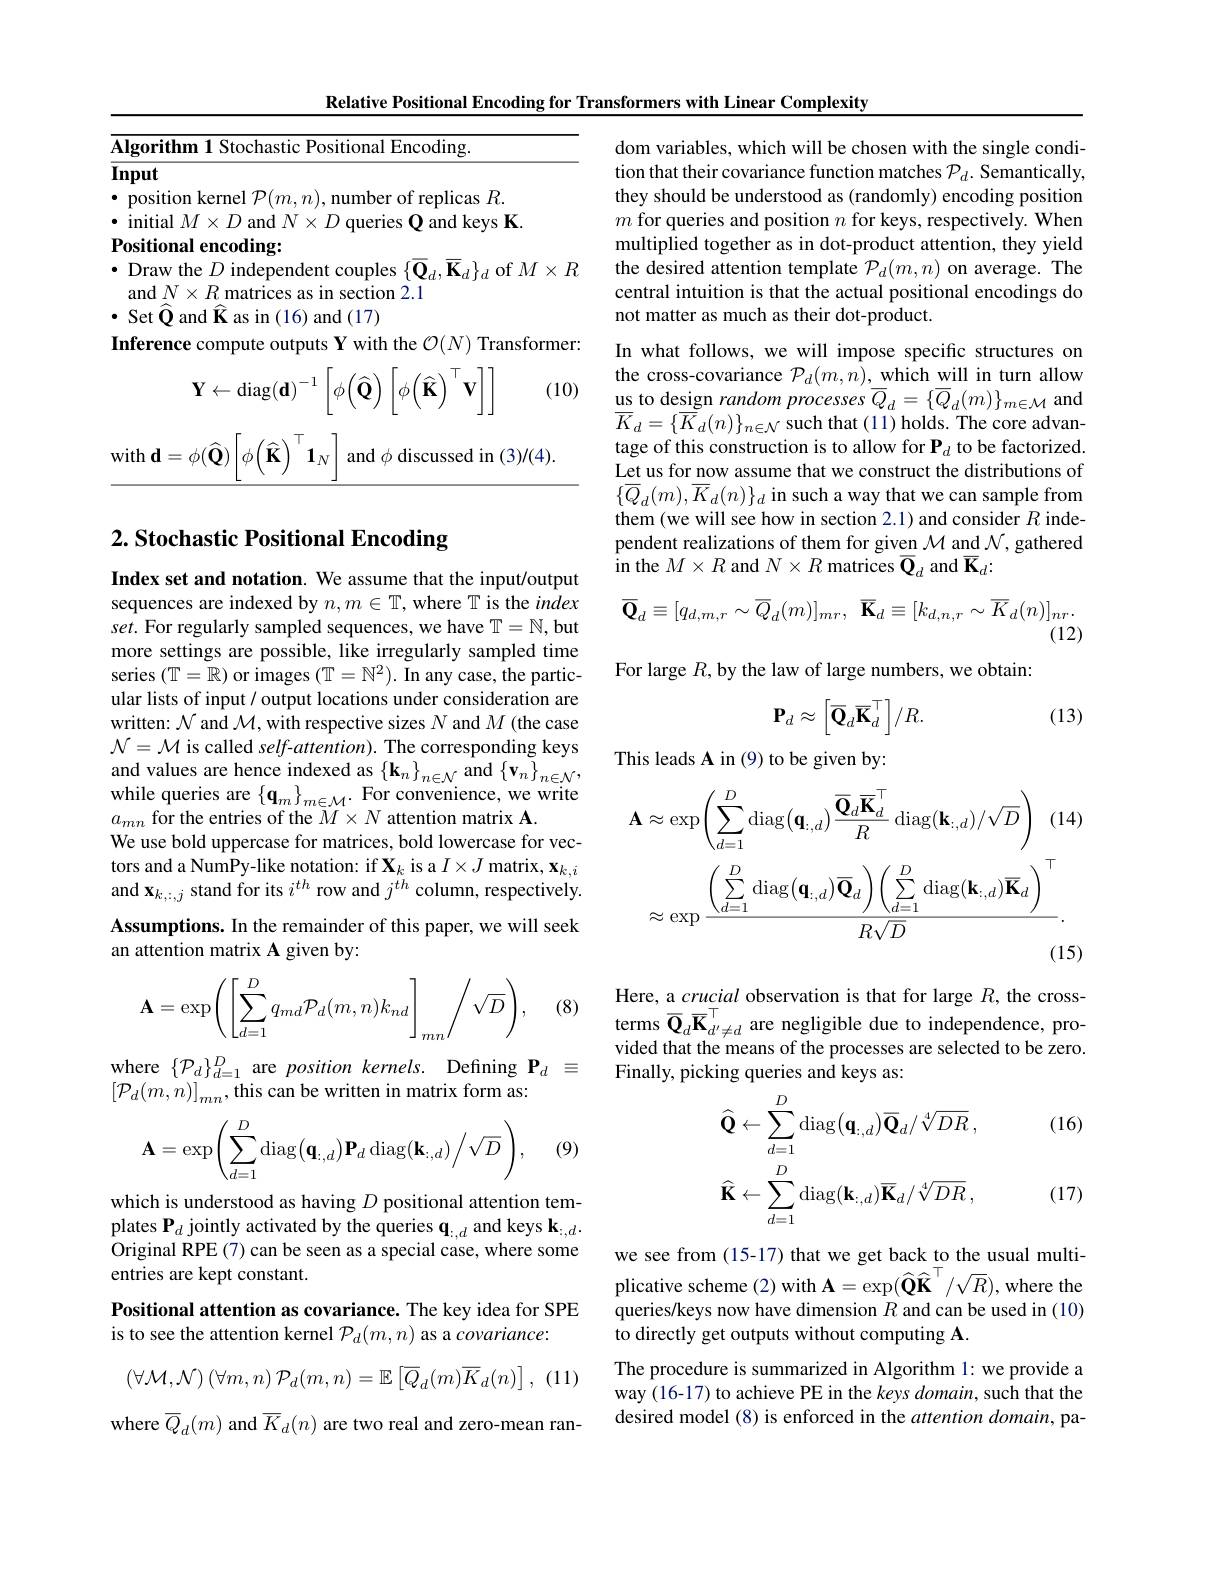
Relative Positional Encoding for Transformers with Linear Complexity
<table>
	<tbody>
		<tr>
			<td>T T 1 T</td>
			<td>rithm 1 Stochastic Positional Encoding</td>
		</tr>
	</tbody>
</table>

(10)
$$\mathbf{Y}\leftarrow\mathrm{diag}(\mathbf{d})^{-1}\left[\phi\big(\widehat{\mathbf{Q}}\big)\left[\phi\big(\widehat{\mathbf{K}}\big)^{\top}\mathbf{v}\big]\right]\right.$$
${\mathrm{with~d}}=\phi(\widehat{\mathbf{Q}})\left|\phi\left(\widehat{\mathbf{K}}\right)^{\top}\mathbf{1}_{N}\right|$ and $\phi$ discussed in (3)/(4).

# 2. Stochastic Positional Encoding

Index set and notation. We assume that the input/output sequences are indexed by $n,m\in\mathbb{T}$, where T is the index set. For regularly sampled sequences, we have T= N, but more settings are possible, like irregularly sampled time series $(\mathbb{T}=\mathbb{R})$ or images $(\mathbb{T}=\mathbb{N}^2).$ In any case, the particular lists of input / output locations under consideration are written: $\mathcal{N}$ and $\mathcal{M}$, with respective sizes $N$ and $M$ (the case $\mathcal{N}=\mathcal{M}$ is called self-attention). The corresponding keys and values are hence indexed as $\left\{\mathbf{k}_{n}\right\}_{n\in\mathcal{N}}$ and $\left\{\mathbf{v}_{n}\right\}_{n\in\mathcal{N}}$, while queries are $\{\mathbf{q}_m\}_{m\in\mathcal{M}}.$ For convenience, we write $a_{mn}$ for the entries of the $M\times N$ attention matrix A.
We use bold uppercase for matrices, bold lowercase for vectors and a NumPy-like notation: if $\mathbf{X}_k$ is a $I\times J$ matrix, $\mathbf{x}_k,i$ and $\mathbf{x}_{k,:,j}$ stand for its $i^th$ row and $j^th$ column, respectively. Assumptions. In the remainder of this paper, we will seek an attention matrix A given by:

(8)
$$\mathbf{A}=\exp\biggl(\biggl[\sum_{d=1}^{D}q_{md}\mathcal{P}_{d}(m,n)k_{nd}\biggr]_{mn}\biggr/\sqrt{D}\biggr),$$
where $\{\mathcal{P}_d\}_{d=1}^D$ are position kernels. Defining $\mathbf{P}_d\equiv$
$\left[\mathcal{P}_d(m,n)\right]_{mn}$,this can be written in matrix form as:
$$\mathbf{A}=\exp\biggl(\sum\limits_{d=1}^{D}\mathrm{diag}\bigl(\mathbf{q}_{:,d}\bigr)\mathbf{P}_{d}\:\mathrm{diag}(\mathbf{k}_{:,d})\biggl/\sqrt{D}\biggr),$$
(9)

which is understood as having $D$ positional attention templates $\mathbf{P}_d$ jointly activated by the queries $\mathbf{q}_{:,d}$ and keys k$_{:,d}.$ Original RPE (7) can be seen as a special case, where some entries are kept constant.

Positional attention as covariance. The key idea for SPE
is to see the attention kernel $\mathcal{P}_d(m,n)$ as a covariance:
$$\left(\forall\mathcal{M},\mathcal{N}\right)\left(\forall m,n\right)\mathcal{P}_{d}(m,n)=\mathbb{E}\left[\overline{Q}_{d}(m)\overline{K}_{d}(n)\right],$$
(11)

where $\overline{Q}_{d}(m)$ and $\overline{K}_{d}(n)$ are two real and zero-mean ran-

dom variables, which will be chosen with the single condition that their covariance function matches $\mathcal{P}_d.$ Semantically, they should be understood as (randomly) encoding position $m$ for queries and position $n$ for keys, respectively. When multiplied together as in dot-product attention, they yield the desired attention template $\mathcal{P}_d(m,n)$ on average. The central intuition is that the actual positional encodings do not matter as much as their dot-product.
In what follows, we will impose specific structures on the cross-covariance $\mathcal{P}_d(m,n),\underline{\mathrm{which~will~in~turn~allow}}$ us to design random processes $\overline{Q}_d=\{\overline{Q}_d(m)\}_{m\in\mathcal{M}}$ and $\overline{K}_{d}=\{\overline{{\overline{K}}}_{d}(n)\}_{n\in\mathcal{N}}$ such that (11) holds. The core advantage of this construction is to allow for P$_d$ to be factorized. Let us for now assume that we construct the distributions of $\{\overline{Q}_{d}(m),\overline{K}_{d}(n)\}_{d}$ in such a way that we can sample from them (we will see how in section 2.1) and consider $R$ independent realizations of them for given $\mathcal{M}$ and $\mathcal{N}$, gathered in the $M\times R$ and $N\times R$ matrices $\overline{\mathbf{Q}}_d$ and $\overline{\mathbf{K}}_d:$
$$\overline{\mathbf{Q}}_{d}\equiv[q_{d,m,r}\sim\overline{Q}_{d}(m)]_{mr},\:\overline{\mathbf{K}}_{d}\equiv[k_{d,n,r}\sim\overline{K}_{d}(n)]_{nr}.$$
(12)

For large $R$,by the law of large numbers, we obtain:

(13)
$$\mathbf{P}_d\approx\begin{bmatrix}\overline{\mathbf{Q}}_d\overline{\mathbf{K}}_d^\top\end{bmatrix}/R.$$
This leads A in (9) to be given by:
$$\mathbf{A}\approx\exp\left(\sum_{d=1}^{D}\operatorname{diag}(\mathbf{q}_{:,d})\frac{\overline{\mathbf{Q}}_{d}\overline{\mathbf{K}}_{d}^{\top}}{R}\operatorname{diag}(\mathbf{k}_{:,d})/\sqrt{D}\right)\:(14)\\\approx\exp\frac{\left(\sum_{d=1}^{D}\operatorname{diag}(\mathbf{q}_{:,d})\overline{\mathbf{Q}}_{d}\right)\left(\sum_{d=1}^{D}\operatorname{diag}(\mathbf{k}_{:,d})\overline{\mathbf{K}}_{d}\right)^{\top}}{R\sqrt{D}}.$$
Here, a crucial observation is that for large $R$, the crossterms $\overline{\mathbf{Q}}_{d}\overline{\mathbf{K}}_{d^{\prime}\neq d}^{\top}$ are negligible due to independence, provided that the means of the processes are selected to be zero. Finally, picking queries and keys as:

(16)
$$\widehat{\mathbf{Q}}\leftarrow\sum_{d=1}^{D}\operatorname{diag}(\mathbf{q}_{:,d})\overline{\mathbf{Q}}_{d}/\sqrt[4]{DR}\:,\\\widehat{\mathbf{K}}\leftarrow\sum_{d=1}^{D}\operatorname{diag}(\mathbf{k}_{:,d})\overline{\mathbf{K}}_{d}/\sqrt[4]{DR}\:,$$
(17)

we see from (15-17) that we get back to the usual multiplicative scheme (2) with $\mathbf{A}=\exp(\widehat{\mathbf{Q}}\widehat{\mathbf{K}}^{\top}/\sqrt{R})$, where the queries/keys now have dimension $R$ and can be used in (10) to directly get outputs without computing A
The procedure is summarized in Algorithm 1: we provide a way (16-17) to achieve PE in the keys domain, such that the desired model (8) is enforced in the attention domain, pa-